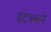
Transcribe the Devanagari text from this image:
इंटेक्सने